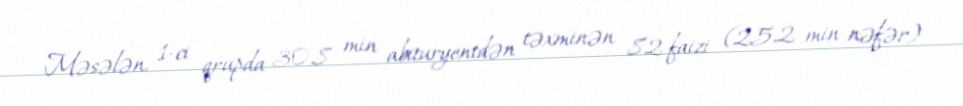
Məsələn, 1-ci qrupda 30,8 min abituryentdən təxminən 82 faizi (25,2 min nəfər)